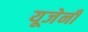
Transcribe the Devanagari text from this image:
यूजेनी